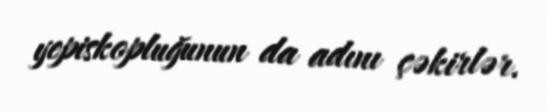
yepiskopluğunun da adını çəkirlər.